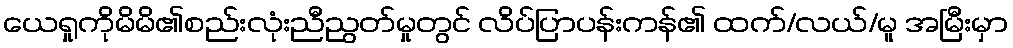
ယေရှုကိုမိမိ၏စည်းလုံးညီညွတ်မှုတွင် လိပ်ပြာပန်းကန်၏ ထက်/လယ်/မူ အမြီးမှာ